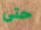
حتى